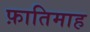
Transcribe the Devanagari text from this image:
फ़ातिमाह